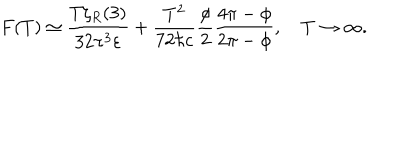
LaTeX: F ( T ) \simeq \frac { T \zeta _ { R } ( 3 ) } { 3 2 \pi ^ { 3 } \varepsilon } + \frac { T ^ { 2 } } { 7 2 \hbar c } \frac { \phi } { 2 } \frac { 4 \pi - \phi } { 2 \pi - \phi } , \quad T \to \infty { . }